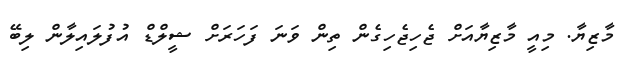
މާޒިޔާ. މިއީ މާޒިޔާއަށް ޖެހިޖެހިގެން ތިން ވަނަ ފަހަރަށް ޝީލްޑް އުފުލައިލާން ލިބޭ